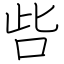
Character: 呰